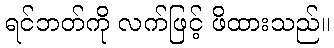
ရင်ဘတ်ကို လက်ဖြင့် ဖိထားသည်။